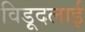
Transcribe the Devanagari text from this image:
विड़ूदलाई